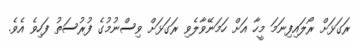
ރަގަޅަށް ރޯލައިފިނަމަ މީހާ އަށް ހަމަނޭވާލެވި ރަގަޅަށް ވިސްނުމުގެ ފުރުސަތު ފަހިވެ އެވެ.